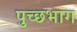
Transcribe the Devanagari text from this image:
पुच्छभाग